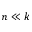
n \ll k